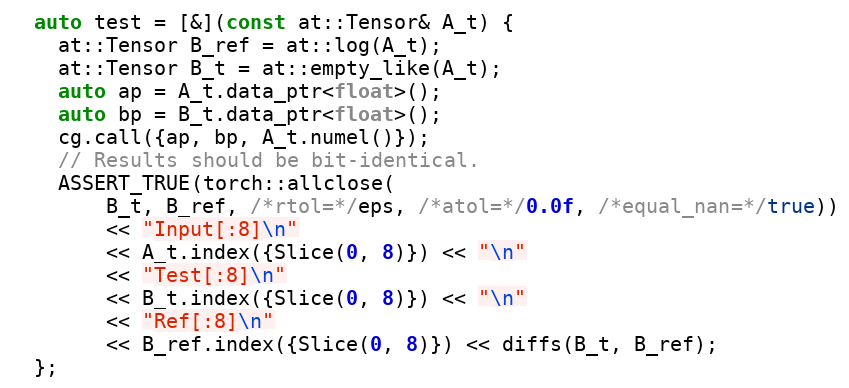
Language: C++
  auto test = [&](const at::Tensor& A_t) {
    at::Tensor B_ref = at::log(A_t);
    at::Tensor B_t = at::empty_like(A_t);
    auto ap = A_t.data_ptr<float>();
    auto bp = B_t.data_ptr<float>();
    cg.call({ap, bp, A_t.numel()});
    // Results should be bit-identical.
    ASSERT_TRUE(torch::allclose(
        B_t, B_ref, /*rtol=*/eps, /*atol=*/0.0f, /*equal_nan=*/true))
        << "Input[:8]\n"
        << A_t.index({Slice(0, 8)}) << "\n"
        << "Test[:8]\n"
        << B_t.index({Slice(0, 8)}) << "\n"
        << "Ref[:8]\n"
        << B_ref.index({Slice(0, 8)}) << diffs(B_t, B_ref);
  };